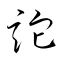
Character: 詑